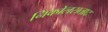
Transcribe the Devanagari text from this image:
निकोलसताद